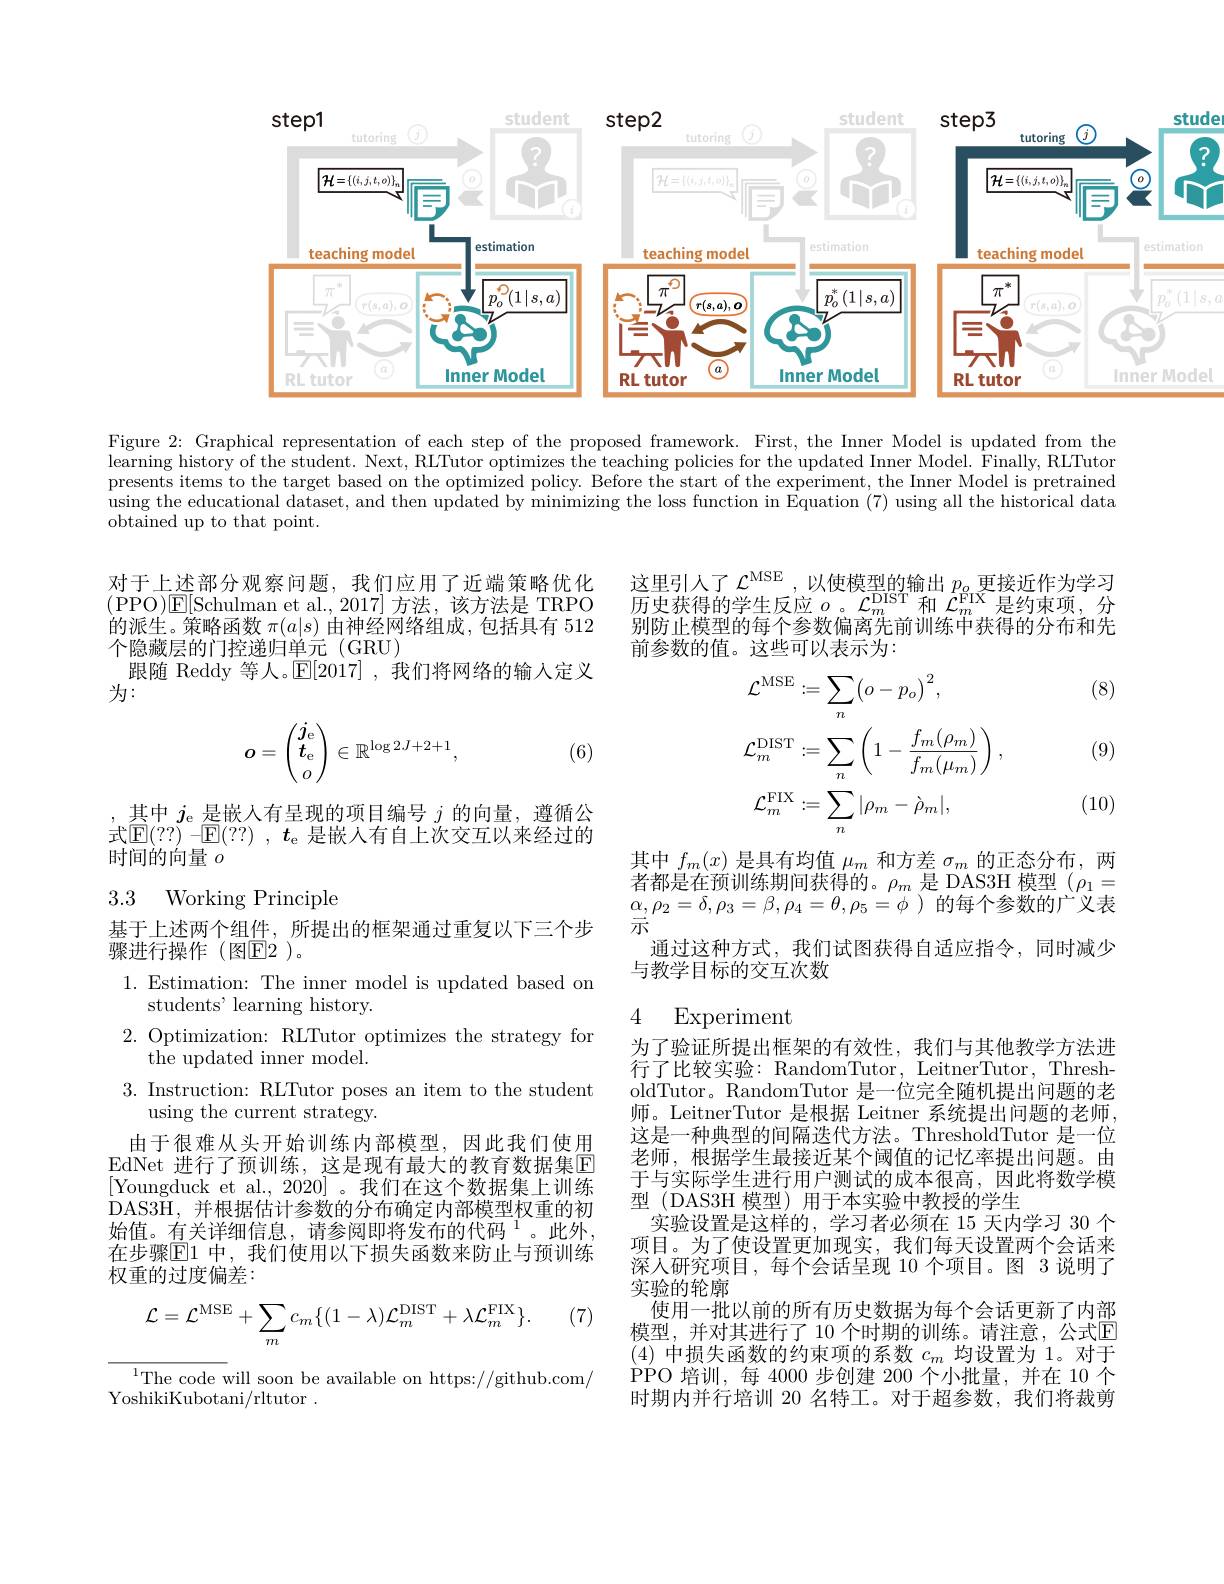
<FigureHere>

Figure 2: Graphical representation of each step of the proposed framework. First, the Inner Model is updated from the $\hat{\text{learning history of the student. Next, RLTutor optimizes the teaching policies for the updated Inner Model. }\hat{\text{Finally,RLTutor}}}$ presents items to the target based on the optimized policy. Before the start of the experiment, the Inner Model is pretrained $\bar{\text{using the educational dataset, and then updated by minimizing the loss function in Equation (7) using all the historical data}}$ obtained up to that point.

对于上述部分观察问题，我们应用了近端策略优化(PPO)E[Schulman et al.,2017]方法，该方法是 TRPO 的派生。策略函数$\pi(a|s)$由神经网络组成，包括具有 512个隐藏层的门控递归单元(GRU)
跟随 Reddy 等人。$\mathbb{E}[2017]$ ,我们将网络的输入定义
为：
$$\boldsymbol{o}=\begin{pmatrix}\boldsymbol{j}_\mathrm{e}\\\boldsymbol{t}_\mathrm{e}\\o\end{pmatrix}\in\mathbb{R}^{\log2J+2+1},$$
(6)

,其中$j_\mathrm{e}$是嵌入有呈现的项目编号$j$的向量，遵循公式$\mathbb{E}(??)$ -$\mathbb{E}(??)$ , $t_\mathrm{e}$ 是嵌入有自上次交互以来经过的时间的向量$o$

## 3.3 Working Principle

基于上述两个组件，所提出的框架通过重复以下三个步
骤进行操作(图$\mathbb{E}$2)。

1. Estimation: The inner model is updated based on
students' learning history.
2. Optimization: RLTutor optimizes the strategy for
the updated inner model.
3. Instruction: RLTutor poses an item to the student
using the current strategy.
由于很难从头开始训练内部模型，因此我们使用EdNet 进行了预训练，这是现有最大的教育数据集$\mathbb{E}$ [Youngduck et al., 2020]。我们在这个数据集上训练DAS3H, 并根据估计参数的分布确定内部模型权重的初始值。有关详细信息，请参阅即将发布的代码$^1$。此外， 在步骤$\overline{\mathbb{E}}$1 中，我们使用以下损失函数来防止与预训练权重的过度偏差：

(7)
$$\mathcal{L}=\mathcal{L}^{\mathrm{MSE}}+\sum_{m}c_{m}\{(1-\lambda)\mathcal{L}_{m}^{\mathrm{DIST}}+\lambda\mathcal{L}_{m}^{\mathrm{FIX}}\}.$$
$^{1}$The code will soon be available on https://github.com/
YoshikiKubotani/rltutor .

这里引入了 $\mathcal{L}^\mathrm{MSE}$,以使模型的输出 $p_o$更 接 近 作 为 学 习 $\begin{array}{c}{\text{区主门八丁}}\\{\text{历史获得的学生反应 }o\mathrm{~。}\mathcal{L}_{m}^{\mathrm{DIST}}\text{和 }\mathcal{L}_{m}^{\mathrm{FIX}}\text{是约束项，分}}\end{array}$ 别防止模型的每个参数偏离先前训练中获得的分布和先前参数的值。这些可以表示为：

(8)

(9)
$$\begin{aligned}&\mathcal{L}^{\mathrm{MSE}}:=\sum_{n}\left(o-p_{o}\right)^{2},\\&\mathcal{L}_{m}^{\mathrm{DIST}}:=\sum_{n}\left(1-\frac{f_{m}(\rho_{m})}{f_{m}(\mu_{m})}\right),\\&\mathcal{L}_{m}^{\mathrm{FIX}}:=\sum_{n}|\rho_{m}-\grave{\rho}_{m}|,\end{aligned}$$
(10)

其中$f_m(x)$是具有均值$\mu_m$和方差$\sigma_m$的正态分布，两者都是在预训练期间获得的。$\rho_m$是 DAS3H 模型($\rho_1=$ $\alpha,\rho_{2}=\delta,\rho_{3}=\beta,\rho_{4}=\theta,\rho_{5}=\phi$)的每个参数的广义表示
通过这种方式，我们试图获得自适应指令，同时减少
与教学目标的交互次数

### 4 Experiment

为了验证所提出框架的有效性，我们与其他教学方法进行了比较实验：RandomTutor, LeitnerTutor, ThresholdTutor。RandomTutor 是一位完全随机提出问题的老师。LeitnerTutor 是根据 Leitner 系统提出问题的老师， 这是一种典型的间隔迭代方法。ThresholdTutor 是一位老师，根据学生最接近某个阈值的记忆率提出问题。由于与实际学生进行用户测试的成本很高，因此将数学模型 (DAS3H 模型)用于本实验中教授的学生
实验设置是这样的，学习者必须在 15 天内学习 30 个项目。为了使设置更加现实，我们每天设置两个会话来深人研究项目，每个会话呈现 10 个项目。图 3 说明了实验的轮廓
使用一批以前的所有历史数据为每个会话更新了内部模型，并对其进行了 10 个时期的训练。请注意，公式$\overline{\mathbb{E}}$ (4)中损失函数的约束项的系数$c_m$均设置为 1。对于$\operatorname{PPO}$培训，每 4000 步创建 200 个小批量，并在 10 个时期内并行培训 20 名特工。对于超参数，我们将裁剪